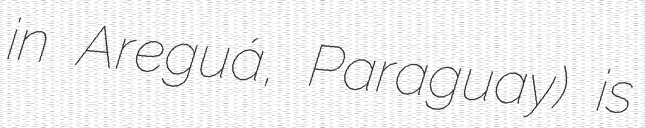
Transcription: in Areguá, Paraguay) is